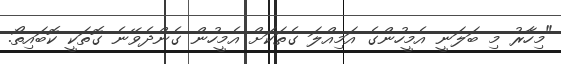
"މިހާރު މި ބަލަނީ އެމީހުންގެ އަމިއްލަ ގެތަކަށް އެމީހުން ގެންދެވޭނެ ގޮތަކީ ކޮބައިތޯ.